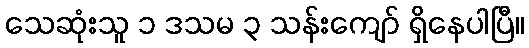
သေဆုံးသူ ၁ ဒသမ ၃ သန်းကျော် ရှိနေပါပြီ။